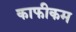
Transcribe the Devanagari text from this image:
काफीकम